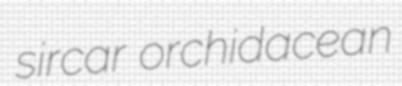
sircar orchidacean